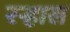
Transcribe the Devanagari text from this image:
रऱ्हास